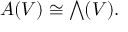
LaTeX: A ( V ) \cong { \textstyle \bigwedge } ( V ) .